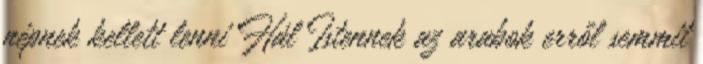
népnek kellett lenni Hál Istennek az arabok erről semmit